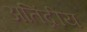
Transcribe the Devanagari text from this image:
अतिंद्रीय